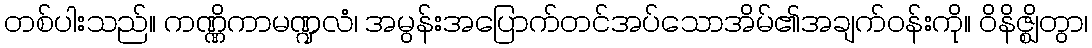
တစ်ပါးသည်။ ကဏ္ဏိကာမဏ္ဍလံ၊ အမွန်းအပြောက်တင်အပ်သောအိမ်၏အချက်ဝန်းကို။ ဝိနိဇ္ဈိတွာ၊